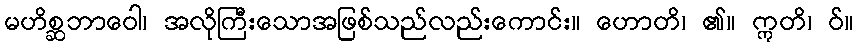
မဟိစ္ဆဘာဝေါ၊ အလိုကြီးသောအဖြစ်သည်လည်းကောင်း။ ဟောတိ၊ ၏။ ဣတိ၊ ဝ်။